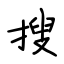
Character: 搜